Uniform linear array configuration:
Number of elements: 24
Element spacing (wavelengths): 0.75
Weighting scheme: hann
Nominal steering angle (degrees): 0
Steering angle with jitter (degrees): -0.431
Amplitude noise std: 0.05
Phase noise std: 0.05

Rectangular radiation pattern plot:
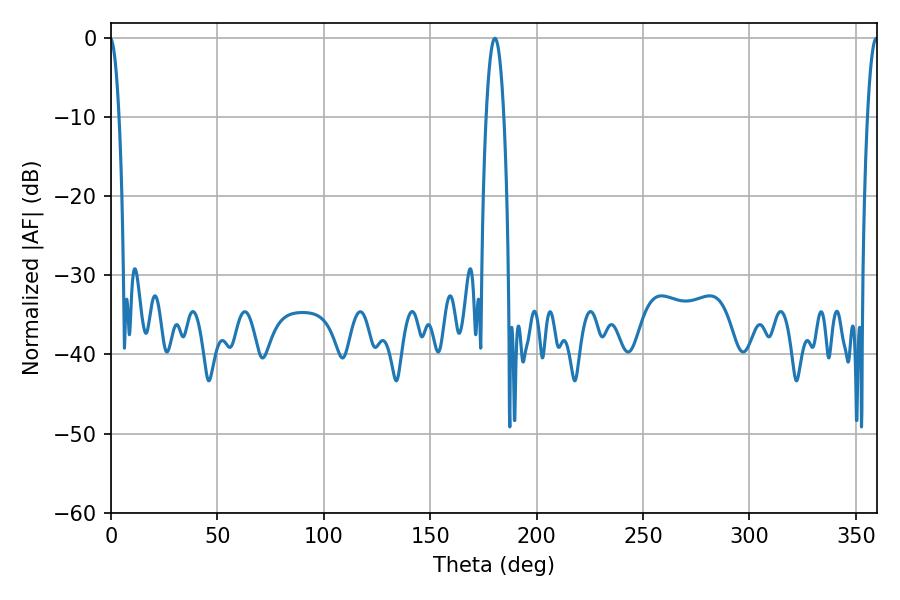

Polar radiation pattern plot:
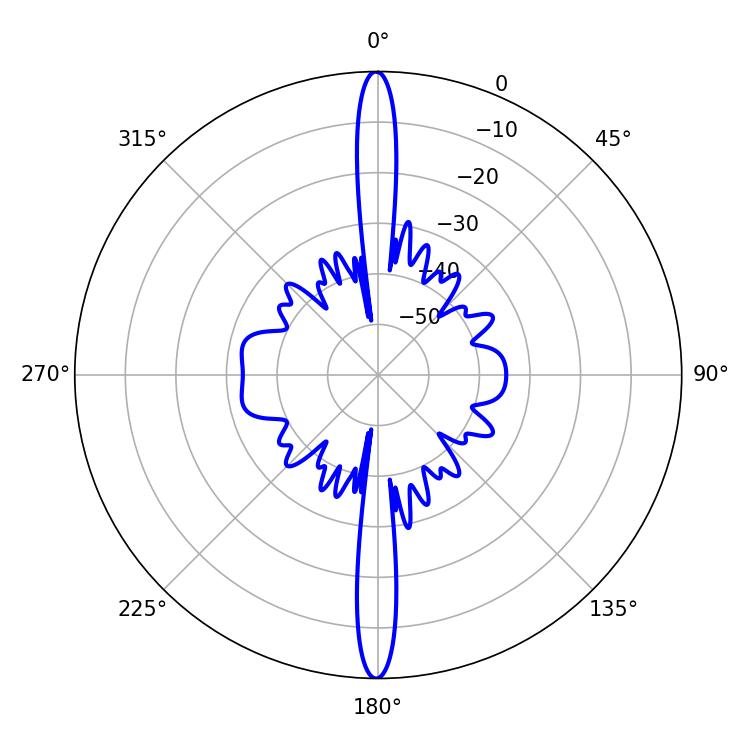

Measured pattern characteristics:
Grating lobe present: TRUE
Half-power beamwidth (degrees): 4.68
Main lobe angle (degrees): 180.36